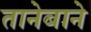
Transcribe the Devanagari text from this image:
तानेबाने